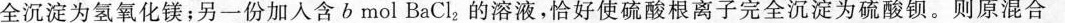
全沉淀为氢氧化镁；另一份加入含b mol BaCl_{2}的溶液，恰好使硫酸根离子完全沉淀为硫酸钡。则原混合